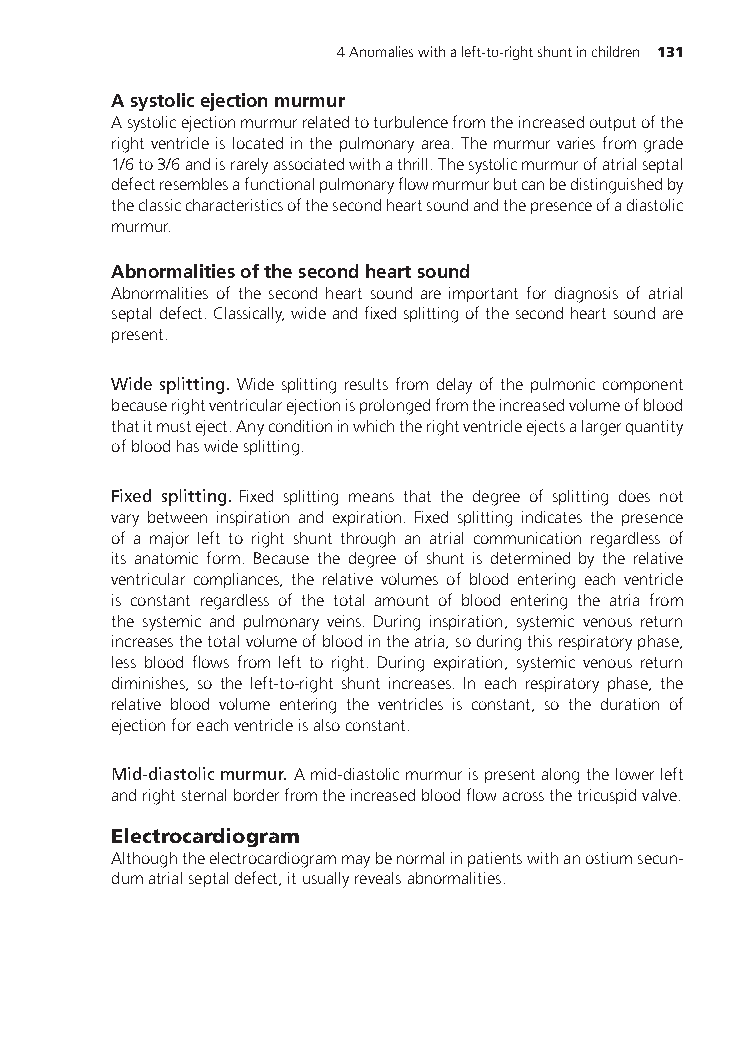
4Anomalieswithaleft-to-rightshuntinchildren 131
 Asystolicejectionmurmur
 Asystolicejectionmurmurrelatedtoturbulencefromtheincreasedoutputofthe
 rightventricleislocatedinthepulmonaryarea.Themurmurvariesfromgrade
 1/6to3/6andisrarelyassociatedwithathrill.Thesystolicmurmurofatrialseptal
 defectresemblesafunctionalpulmonaryflowmurmurbutcanbedistinguishedby
 theclassiccharacteristicsofthesecondheartsoundandthepresenceofadiastolic
 murmur.
 Abnormalitiesofthesecondheartsound
 Abnormalities of the second heart sound are important for diagnosis of atrial
 septaldefect.Classically,wideandfixedsplittingofthesecondheartsoundare
 present.
 Wide splitting. Wide splitting results from delay of the pulmonic component
 becauserightventricularejectionisprolongedfromtheincreasedvolumeofblood
 thatitmusteject.Anyconditioninwhichtherightventricleejectsalargerquantity
 ofbloodhaswidesplitting.
 Fixed splitting. Fixed splitting means that the degree of splitting does not
 vary between inspiration and expiration. Fixed splitting indicates the presence
 of a major left to right shunt through an atrial communication regardless of
 its anatomic form. Because the degree of shunt is determined by the relative
 ventricular compliances, the relative volumes of blood entering each ventricle
 is constant regardless of the total amount of blood entering the atria from
 the systemic and pulmonary veins. During inspiration, systemic venous return
 increasesthetotalvolumeofbloodintheatria,soduringthisrespiratoryphase,
 less blood flows from left to right. During expiration, systemic venous return
 diminishes, so the left-to-right shunt increases. In each respiratory phase, the
 relative blood volume entering the ventricles is constant, so the duration of
 ejectionforeachventricleisalsoconstant.
 Mid-diastolicmurmur. Amid-diastolicmurmurispresentalongthelowerleft
 andrightsternalborderfromtheincreasedbloodflowacrossthetricuspidvalve.
 Electrocardiogram
 Althoughtheelectrocardiogrammaybenormalinpatientswithanostiumsecun-
 dumatrialseptaldefect,itusuallyrevealsabnormalities.